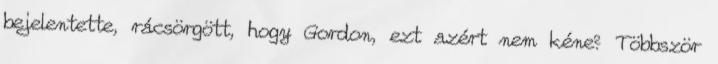
bejelentette, rácsörgött, hogy Gordon, ezt azért nem kéne? Többször